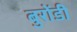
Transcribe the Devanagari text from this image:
बुरोंडी